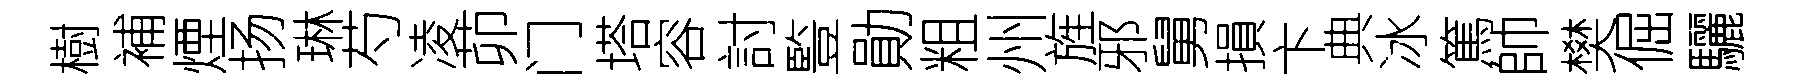
樹補煙扬琳芍凌茆门塔容討䜿勛粗州旌邪舅損卞典冰篤帥樊倔驪